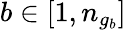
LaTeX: b\in[1,n_{g_{b}}]